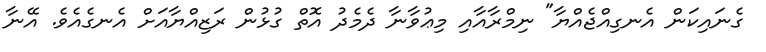
ގެނައިކަން އެނގިއްޖެއްޔާ" ނިމްރާއާއި މިޢުވާނާ ދެމެދު އޮތް ގުޅުން ރަޒިއްޔާއަށް އެނގެއެވެ. އޭނާ